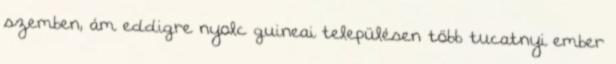
szemben, ám eddigre nyolc guineai településen több tucatnyi ember